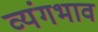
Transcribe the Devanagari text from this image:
व्यंगभाव